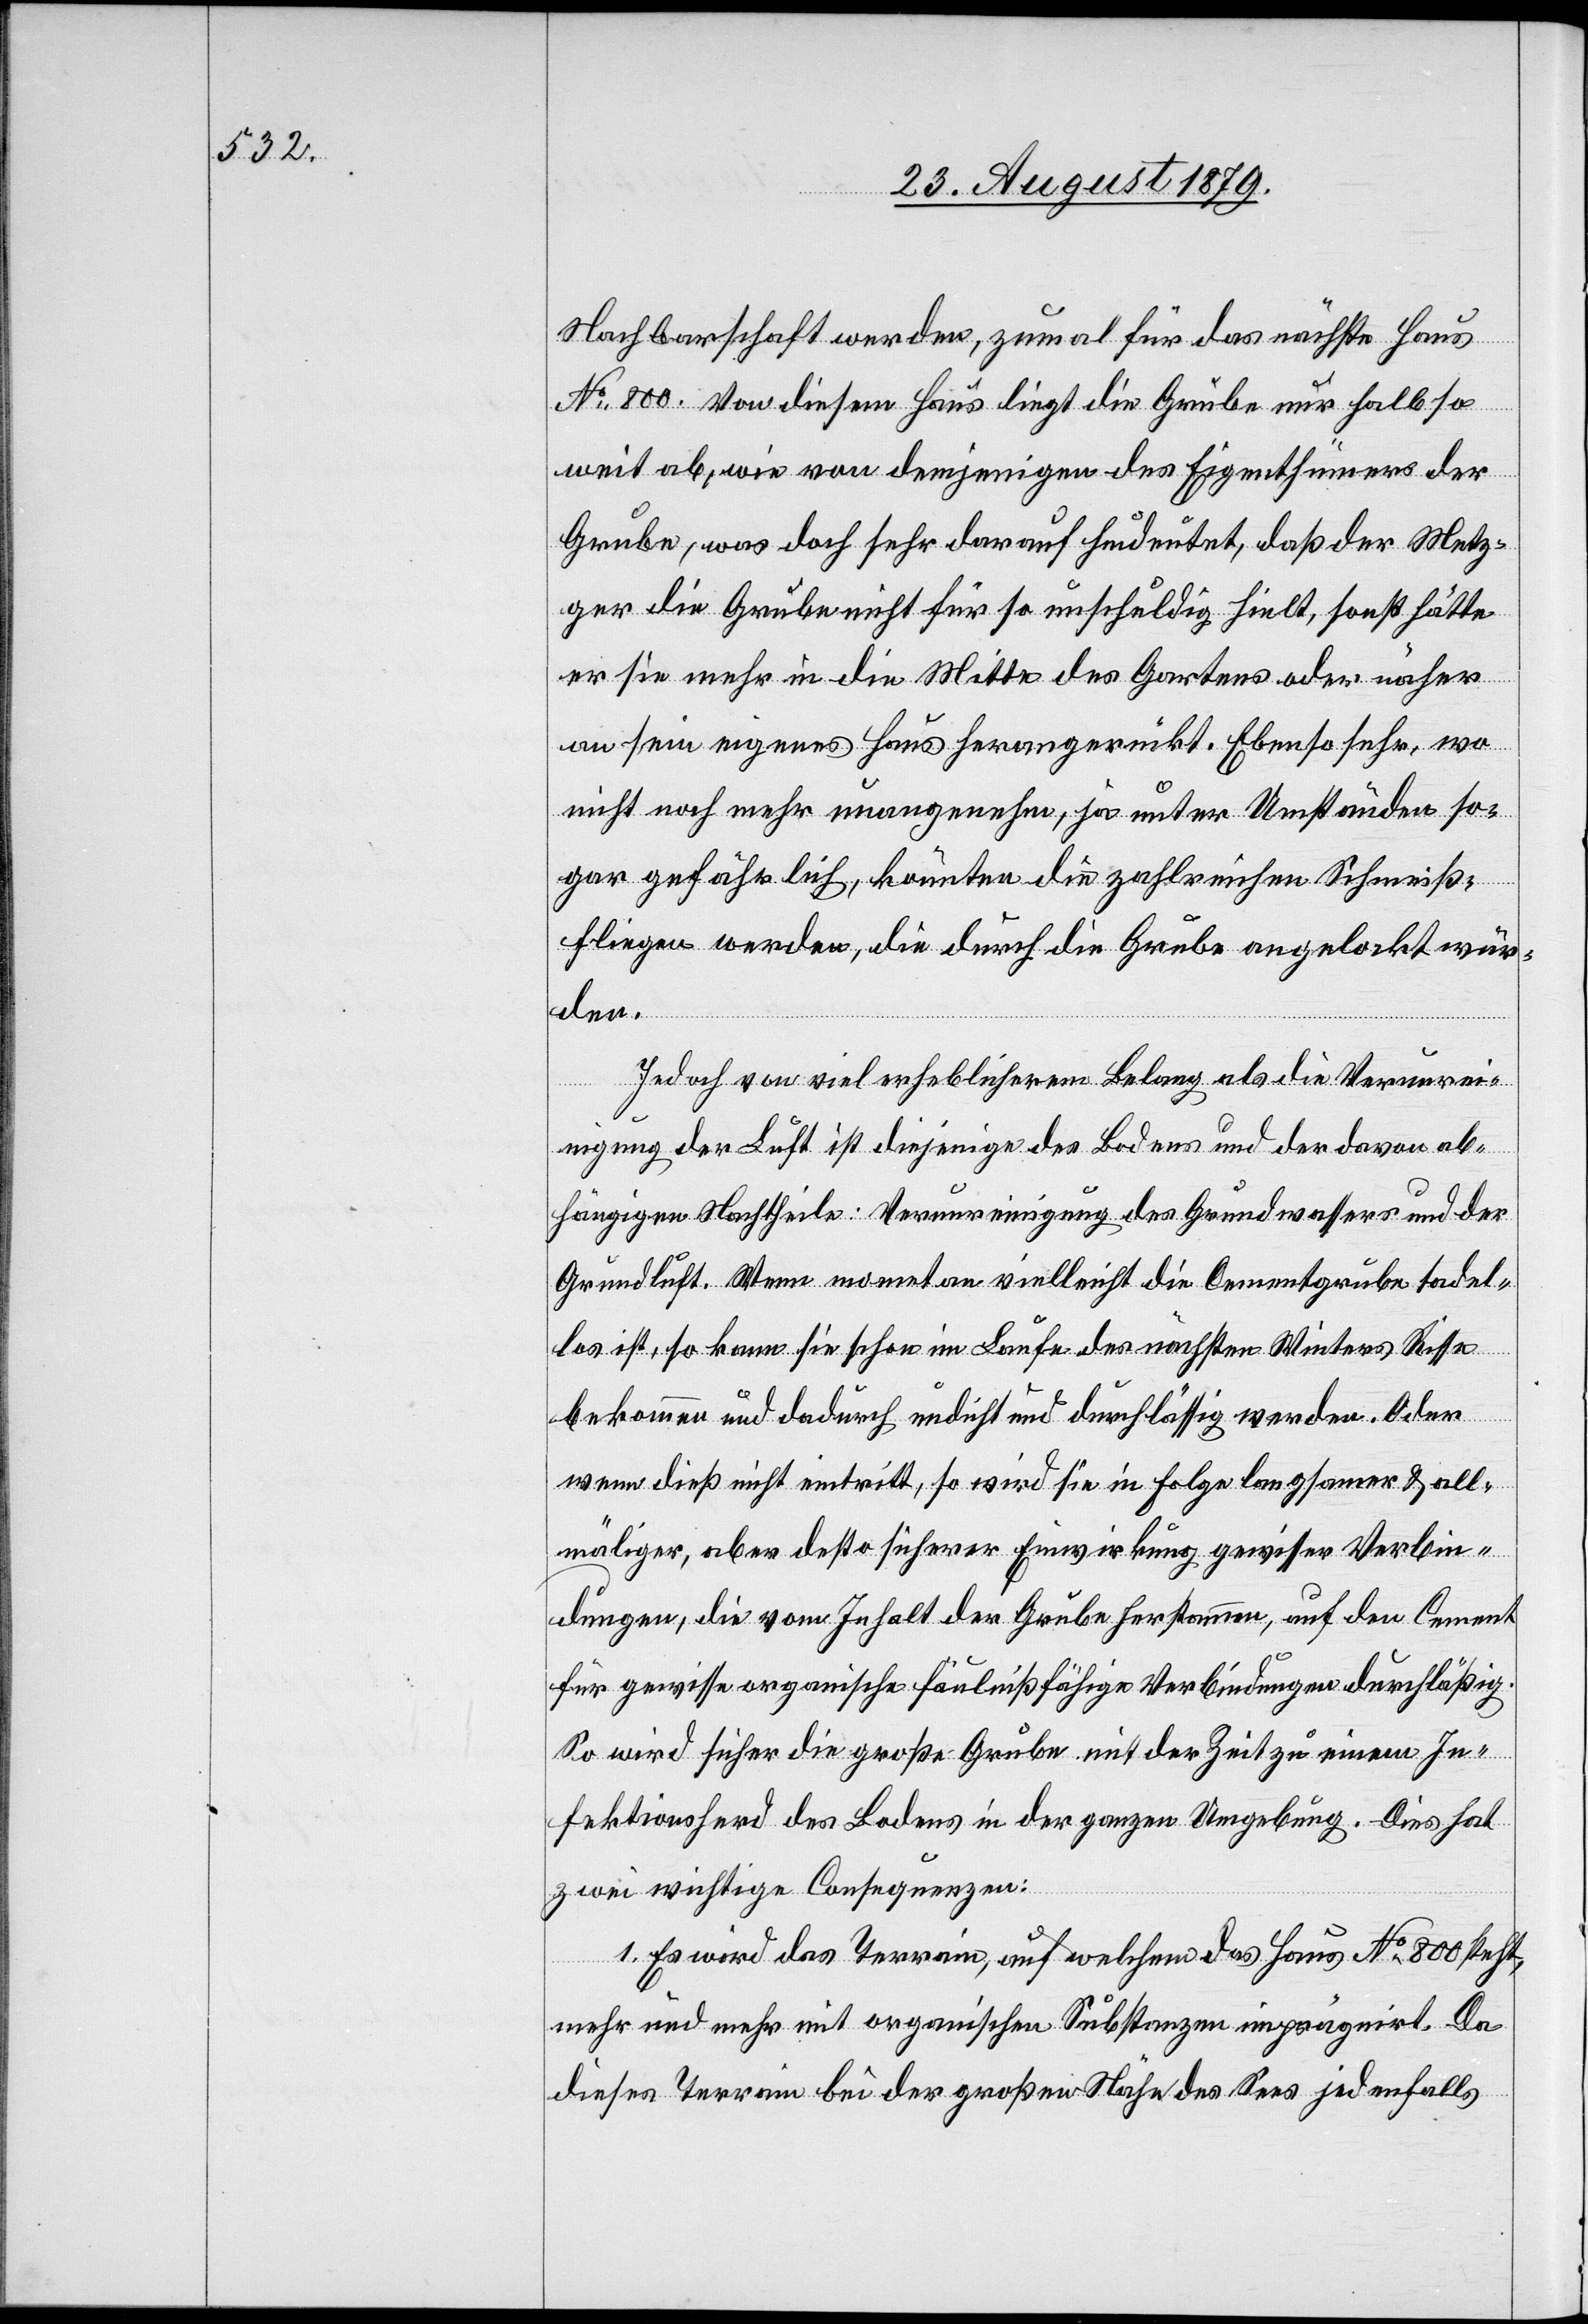
Nachbarschaft werden, zumal für das nächste Haus
No 800. Von diesem Haus liegt die Grube nur halb so
weit ab, wie von demjenigen des Eigenthümers der
Grube, was doch sehr darauf hindeutet, daß der Metz¬
ger die Grube nicht für so unschuldig hielt, sonst hätte
er sie mehr in die Mitte des Gartens oder näher
an sein eigenes Haus hervorgerückt. Ebenso sehr, wo
nicht noch mehr unangenehm, ja unter Umständen so¬
gar gefährlich, könnten die zahlreichen Schmeiß¬
fliegen werden, die durch die Grube angelockt wür¬
den.
Jedoch von viel erheblicherem Belang als die Verunrei¬
nigung der Luft ist diejenige des Bodens und der davon ab¬
hängige Nachtheile: Verunreinigung des Grundwassers und der
Grundluft. Wenn mome[n]tan vielleicht die Cementgrube tadel¬
los ist, so kann sie schon im Laufe des nächsten Winters Risse
bekommen und dadurch undicht und durchlässig werden. Oder
wenn dieß nicht eintritt, so wird sie in Folge langsamer & all¬
mäliger, aber desto sicherer Einwirkung gewisser Verbin¬
dungen, die vom Inhalt der Grube herstamme, auf den Cement
für gewisse organische fäulnißfähige Verbindungen durchlässig.
So wird sicher die große Grube mit der Zeit zu einem In¬
fektionsherd des Bodens in der ganzen Umgebung. Dies hat
zwei wichtige Consequenzen:
1. Es wird das Terrain, auf welchem das Haus No 800 steht,
mehr und mehr mit organischen Substanzen imprägnirt. Da
dieses Terrain bei der großen Nähe des Sees jedenfalls